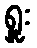
ရှူး